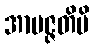
အာပဇ္ဇတိပိ